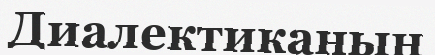
Диалектиканың